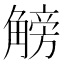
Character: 𧤞